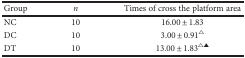
<table><thead><tr><td><b>Group</b></td><td><b><i>n</i></b></td><td><b>Times of cross the platform area</b></td></tr></thead><tbody><tr><td>NC</td><td>10</td><td>16.00 ± 1.83</td></tr><tr><td>DC</td><td>10</td><td>3.00 ± 0.91<sup>△</sup></td></tr><tr><td>DT</td><td>10</td><td>13.00 ± 1.83<sup>△▲</sup></td></tr></tbody></table>